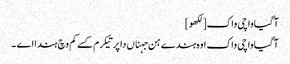
آگیاواچی واک[لکھو]
آگیاواچی واک اوہ ہندے ہن جہناں دا پرتیکرم کسے کم وچ ہندا اے ۔